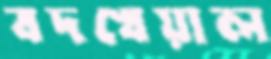
বদখেয়াল